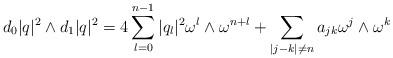
LaTeX: \begin{align*} d_0|q|^2\wedge d_1|q|^2=4 \sum_{l=0}^{n-1}|q_l|^2 \omega^l\wedge \omega^{n+l}+\sum_{|j-k|\not = n}a_{jk}\omega^j\wedge \omega^k \end{align*}